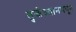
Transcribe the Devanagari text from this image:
तुर्कस्तानमधून